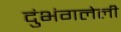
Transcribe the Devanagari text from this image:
दुंभंगलेली